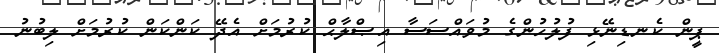
ޕީން ކެނޑިނޭޅި ފުލުހުންގެ މުވައްސަސާ އިޞްލާޙް ކުރުމަށް އެދޭ ކަންކަން ކުރުމަށް ލިބުނު